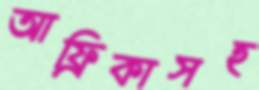
আফ্রিকাসহ